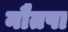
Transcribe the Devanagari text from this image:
नौतपा